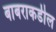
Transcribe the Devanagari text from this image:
बाबराकडील